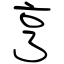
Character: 亨